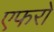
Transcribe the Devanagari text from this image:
एफरो